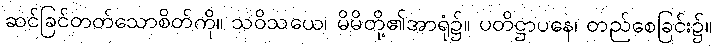
ဆင်ခြင်တတ်သောစိတ်ကို။ သဝိသယေ၊ မိမိတို့၏အာရုံ၌။ ပတိဋ္ဌာပနေ၊ တည်စေခြင်း၌။